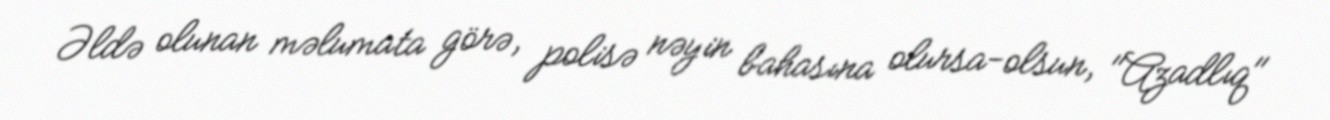
Əldə olunan məlumata görə, polisə nəyin bahasına olursa-olsun, "Azadlıq"